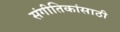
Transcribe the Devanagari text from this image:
संगीतिकांसाठी